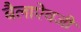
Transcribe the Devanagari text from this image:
बैलाऐवजी